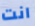
انت